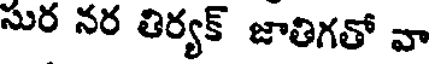
సుర నర తిర్యక్ జాతిగతో వా